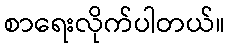
စာရေးလိုက်ပါတယ်။